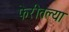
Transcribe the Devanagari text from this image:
फेरीतल्या